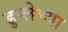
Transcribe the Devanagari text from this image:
डुप्लेच्या